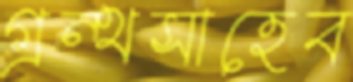
গ্রন্থসাহেব